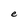
Character: e